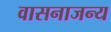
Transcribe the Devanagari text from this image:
वासनाजन्य